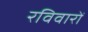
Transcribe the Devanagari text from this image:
रविवारों